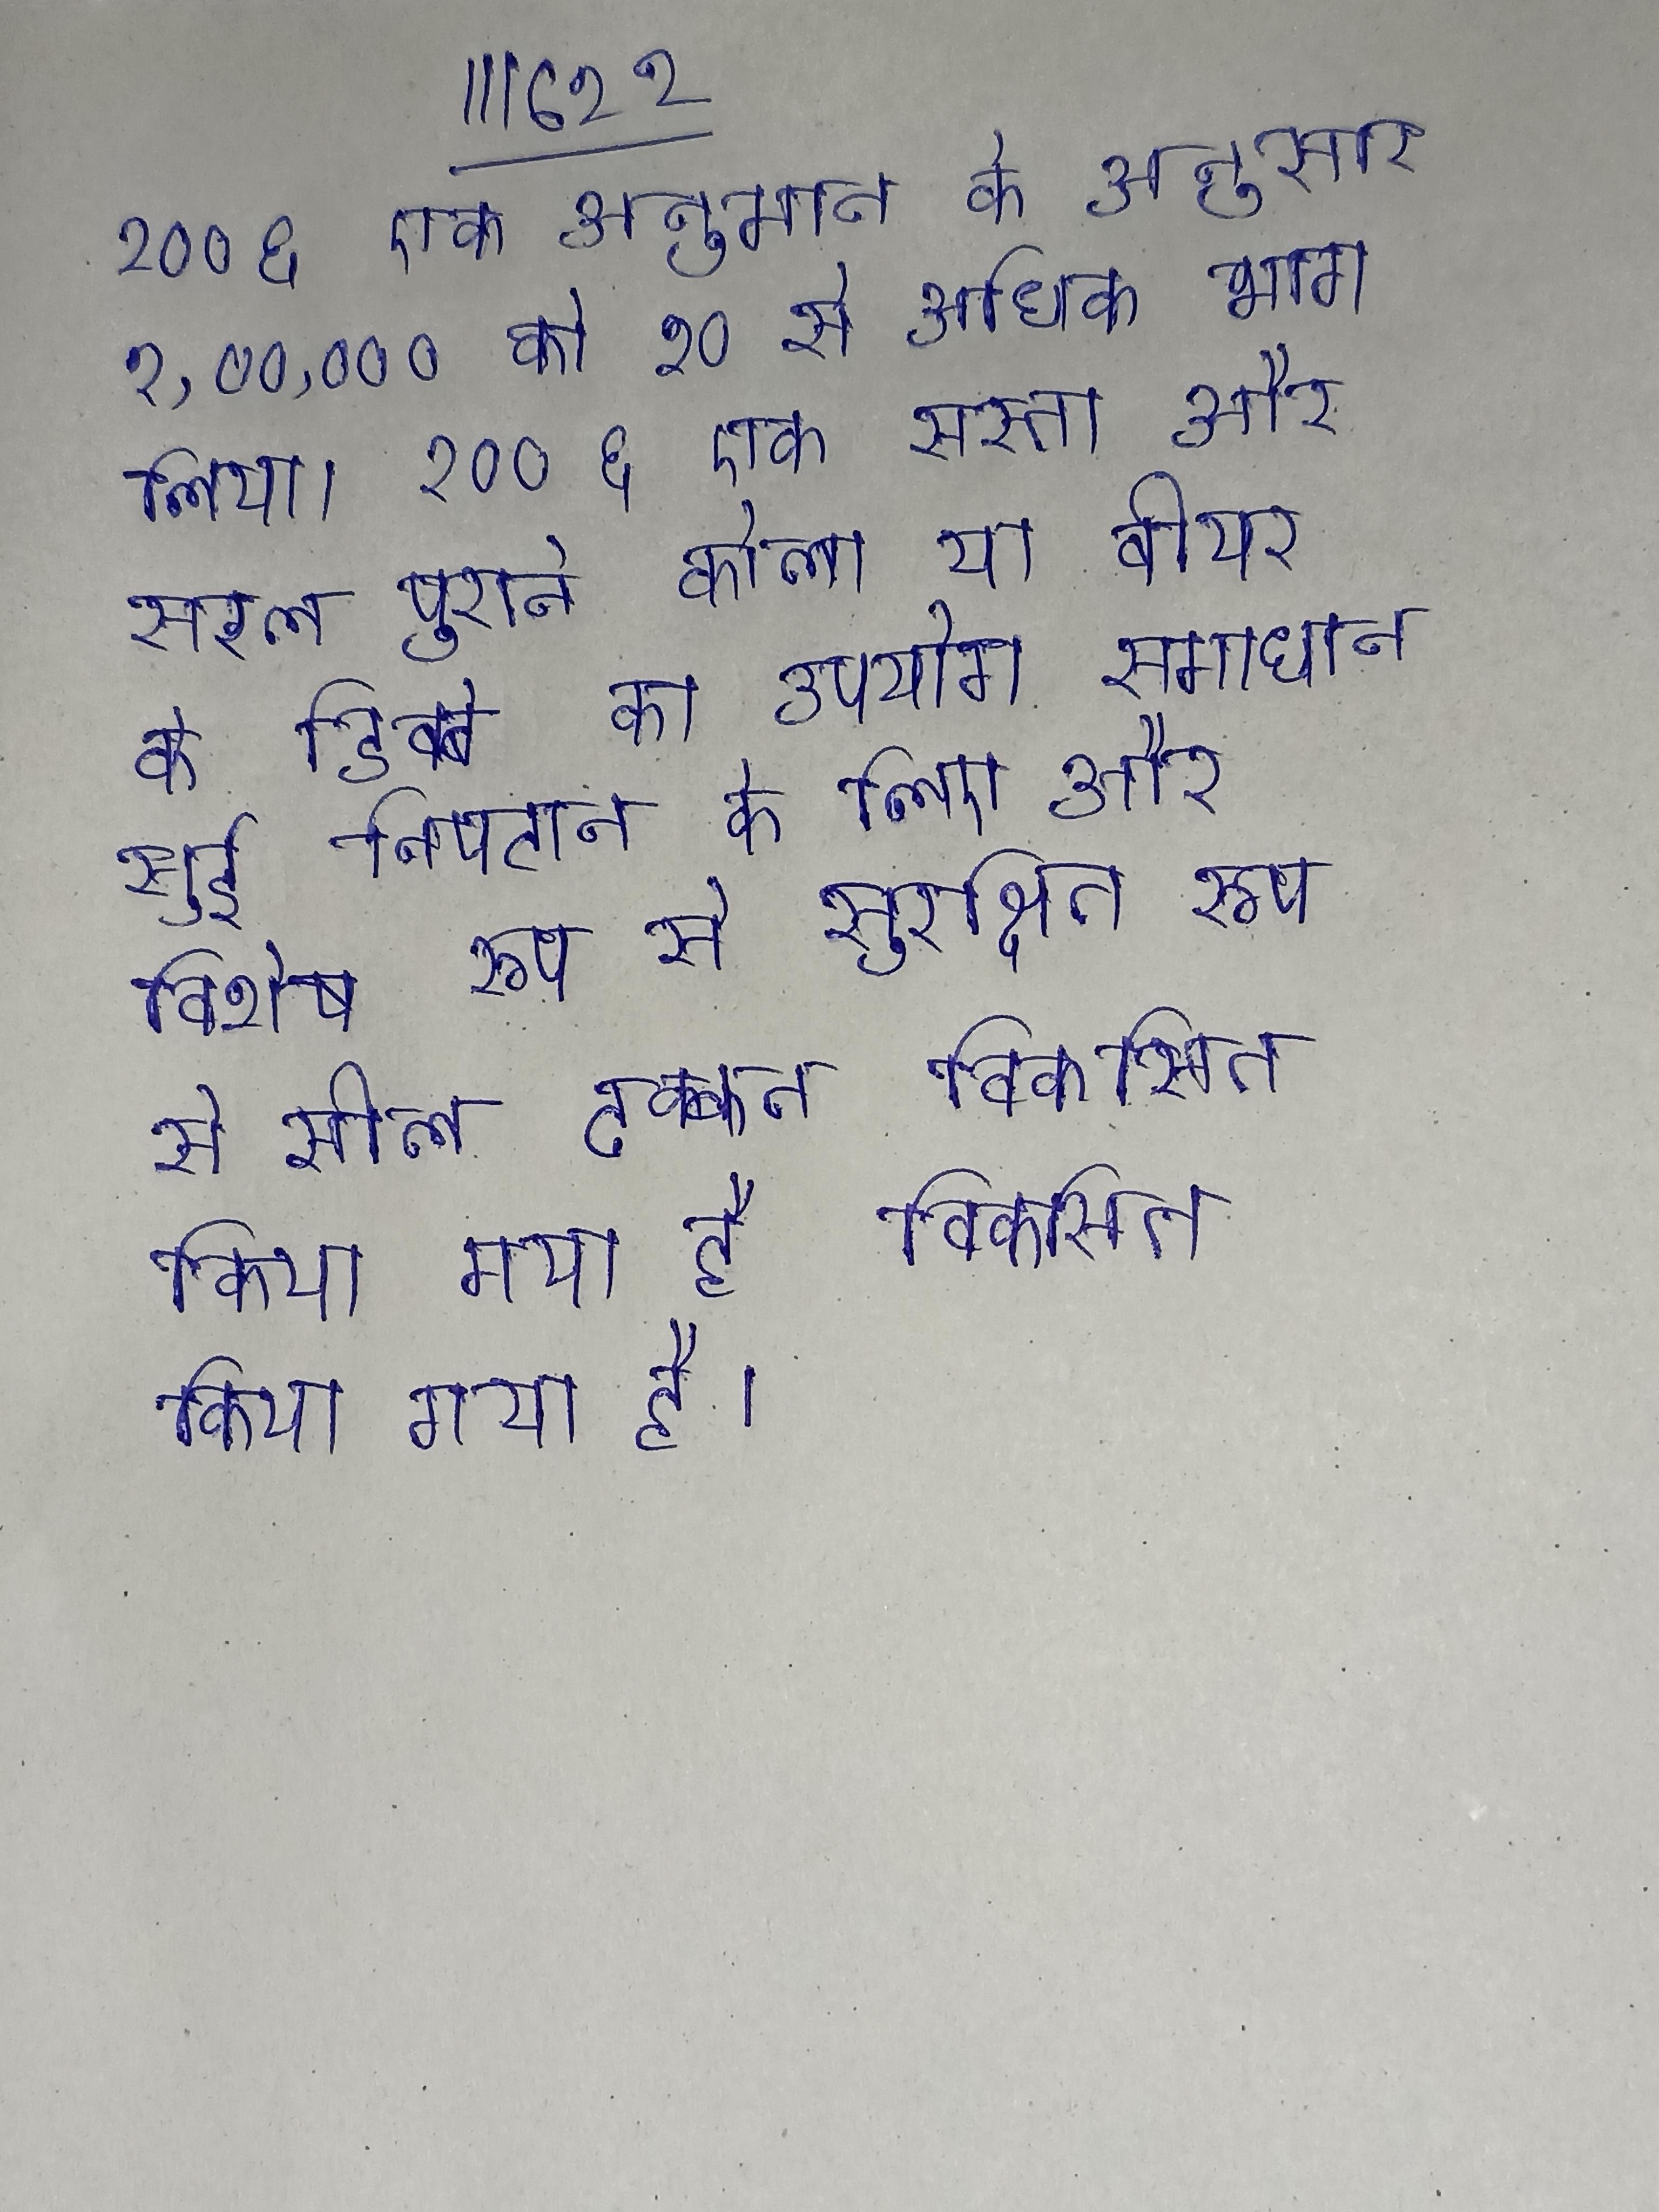
२००६ एक अनुमान के अनुसार १,००,००० को १० से अधिक भाग लिया । २ ० ० ६ एक सस्ता और सरल पुराने कोला या बीयर के डिब्बे का उपयोग समाधान सुई निपटान के लिए और विशेष रूप से सुरक्षित रूप से सील ढक्कन विकसित किया गया है विकसित किया गया है ।